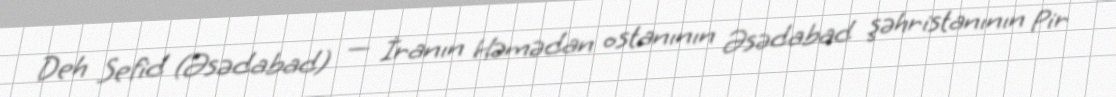
Deh Sefid (Əsədabad) — İranın Həmədan ostanının Əsədabad şəhristanının Pir